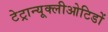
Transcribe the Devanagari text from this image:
टेट्रान्यूक्लीओटिडों